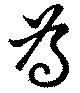
為